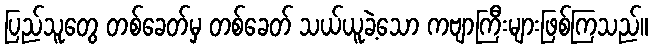
ပြည်သူတွေ တစ်ခေတ်မှ တစ်ခေတ် သယ်ယူခဲ့သော ကဗျာကြီးများဖြစ်ကြသည်။